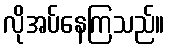
လိုအပ်နေကြသည်။